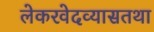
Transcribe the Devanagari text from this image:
लेकरवेदव्यासतथा